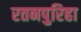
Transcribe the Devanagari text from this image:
रतनपुरिहा